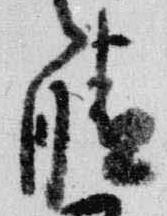
晴